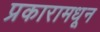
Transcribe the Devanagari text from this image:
प्रकारामधून